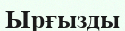
Ырғызды